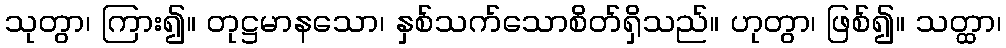
သုတွာ၊ ကြား၍။ တုဋ္ဌမာနသော၊ နှစ်သက်သောစိတ်ရှိသည်။ ဟုတွာ၊ ဖြစ်၍။ သတ္ထာ၊